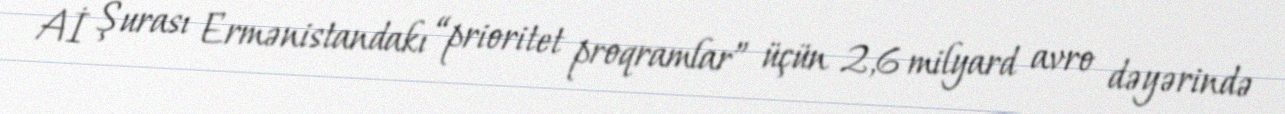
Aİ Şurası Ermənistandakı “prioritet proqramlar” üçün 2,6 milyard avro dəyərində